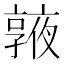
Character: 𠆓